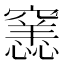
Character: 𥨭